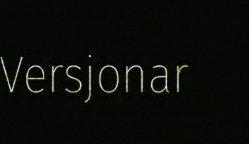
Versjonar